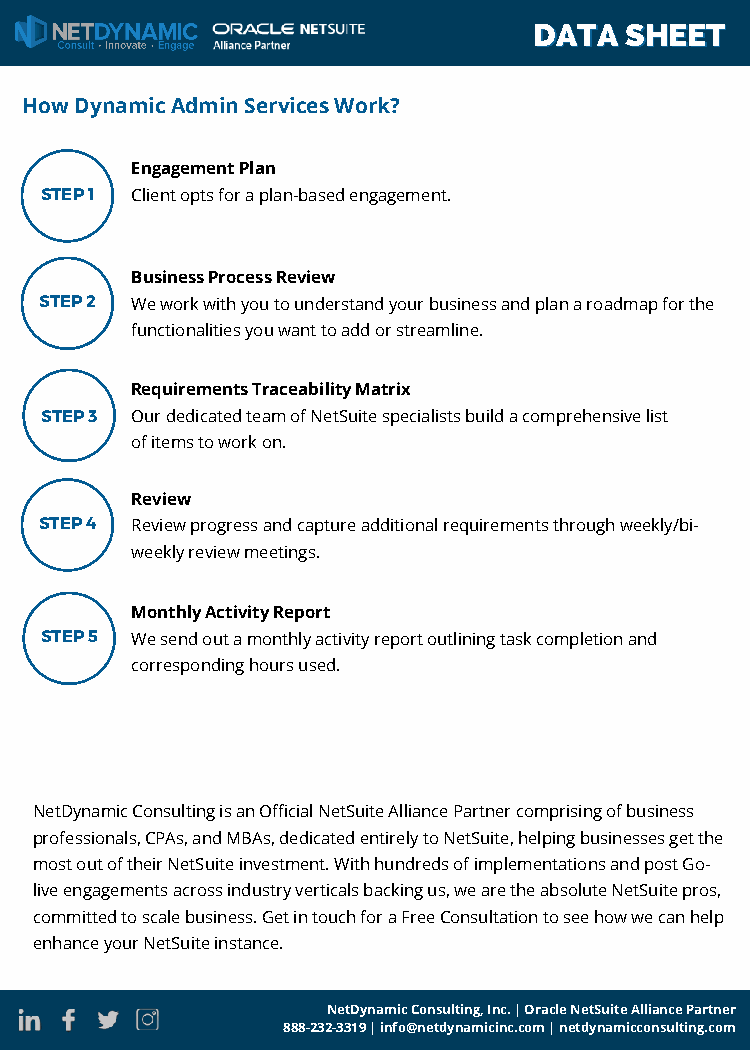
DDAATTAA SSHHEEEETT
 How Dynamic Admin Services Work?
 Engagement Plan
 STEP 1 Client opts for a plan-based engagement.
 Business Process Review
 STEP 2 We work with you to understand your business and plan a roadmap for the
 functionalities you want to add or streamline.
 Requirements Traceability Matrix
 STEP 3 Our dedicated team of NetSuite specialists build a comprehensive list
 of items to work on.
 Review
 STEP 4 Review progress and capture additional requirements through weekly/bi-
 weekly review meetings.
 Monthly Activity Report
 STEP 5 We send out a monthly activity report outlining task completion and
 corresponding hours used.
 NetDynamic Consulting is an Official NetSuite Alliance Partner comprising of business
 professionals, CPAs, and MBAs, dedicated entirely to NetSuite, helping businesses get the
 most out of their NetSuite investment. With hunFdarsetd-tsr oafc ikm ypoleumre NnteattSiounist ea nsdy sptoesmt Go-
 live engagements across industry verticals backwinigt hu sD, wyne aamre itch Me aabnsaogluetde NSeetrSvuicitee sp!ros,
 committed to scale business. Get in touch for a Free Consultation to see how we can help
 enhance your NetSuite instance.
 NetDynamic Consulting, Inc. | Oracle NetSuite Alliance Partner
 888-232-3319 | info@netdynamicinc.com | netdynamicconsulting.com